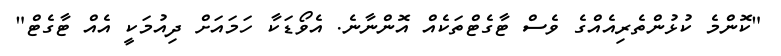
"ކޮންމެ ކުޅުންތެރިއެއްގެ ވެސް ޓާގެޓްތަކެއް އޮންނާނެ. އެވޯޑަކާ ހަމައަށް ދިއުމަކީ އެއް ޓާގެޓް"